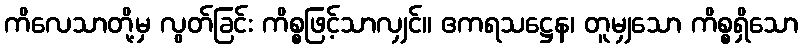
ကိလေသာတို့မှ လွတ်ခြင်း ကိစ္စဖြင့်သာလျှင်။ ဧကရသဋ္ဌေန၊ တူမျှသော ကိစ္စရှိသော